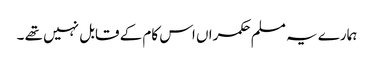
ہمارے یہ مسلم حکمراں اس کام کے قابل نہیں تھے ۔